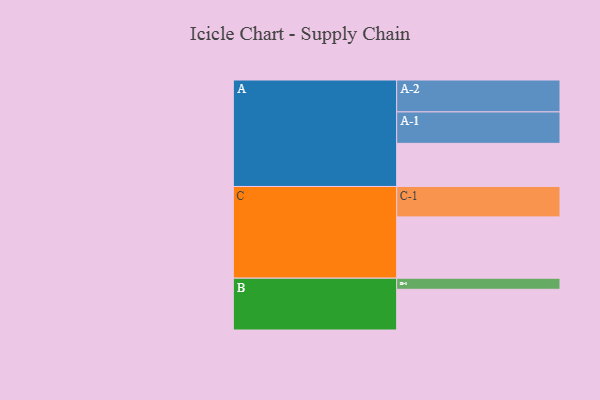
{"axis": {"x": "Segment", "y": "Value"}, "legend": ["", "A", "B", "C"], "data": [{"x": "A", "y": 377, "type": ""}, {"x": "B", "y": 356, "type": ""}, {"x": "C", "y": 536, "type": ""}, {"x": "A-1", "y": 275, "type": "A"}, {"x": "A-2", "y": 279, "type": "A"}, {"x": "B-1", "y": 97, "type": "B"}, {"x": "C-1", "y": 266, "type": "C"}]}